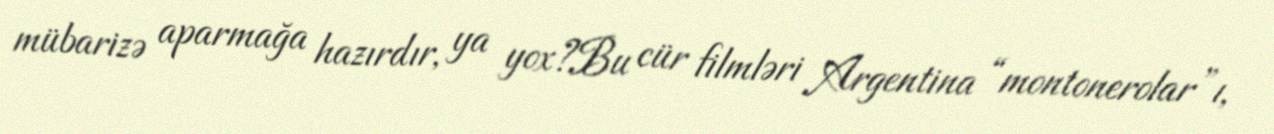
mübarizə aparmağa hazırdır, ya yox?Bu cür filmləri Argentina “montonerolar”ı,